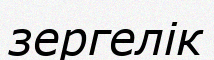
зергелік